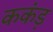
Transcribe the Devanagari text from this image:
ककंड़